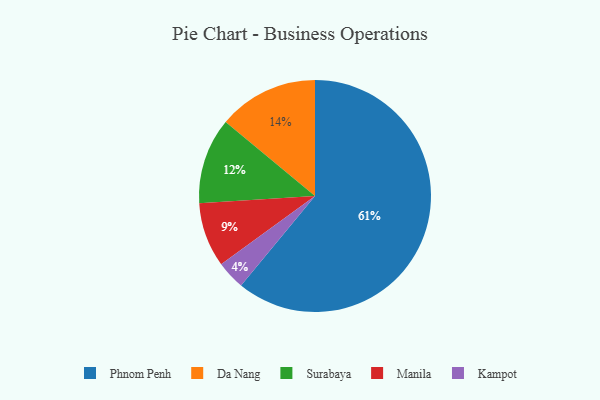
{"axis": {"x": "Category", "y": "Percentage"}, "legend": ["Da Nang", "Kampot", "Manila", "Phnom Penh", "Surabaya"], "data": [{"x": "Phnom Penh", "y": 61, "type": "Phnom Penh"}, {"x": "Kampot", "y": 4, "type": "Kampot"}, {"x": "Manila", "y": 9, "type": "Manila"}, {"x": "Surabaya", "y": 12, "type": "Surabaya"}, {"x": "Da Nang", "y": 14, "type": "Da Nang"}]}